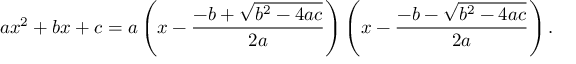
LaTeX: a x ^ { 2 } + b x + c = a \left( x - { \frac { - b + { \sqrt { b ^ { 2 } - 4 a c } } } { 2 a } } \right) \left( x - { \frac { - b - { \sqrt { b ^ { 2 } - 4 a c } } } { 2 a } } \right) .